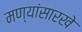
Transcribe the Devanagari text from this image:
मण्यांसारखे